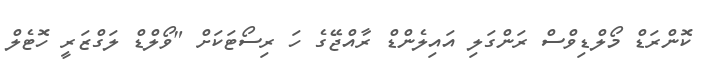
ކޮންރަޑް މޯލްޑިވްސް ރަންގަލި އައިލެންޑް ރާއްޖޭގެ ހަ ރިސޯޓަކަށް "ވޯލްޑް ލަގްޒަރީ ހޮޓެލް